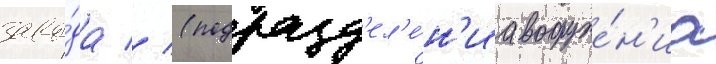
заво́да // (подразд'ел'е́н'иа вооруже́н'иа